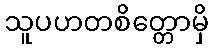
သူပဟတစိတ္တောမှိ